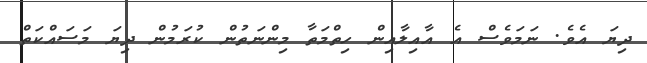
ދިޔަ އެވެ. ނަމަވެސް އެ އާއިލާއިން ހިތްމަތާ މިންނަތުން ކުރަމުން ދިޔަ މަސައްކަތް